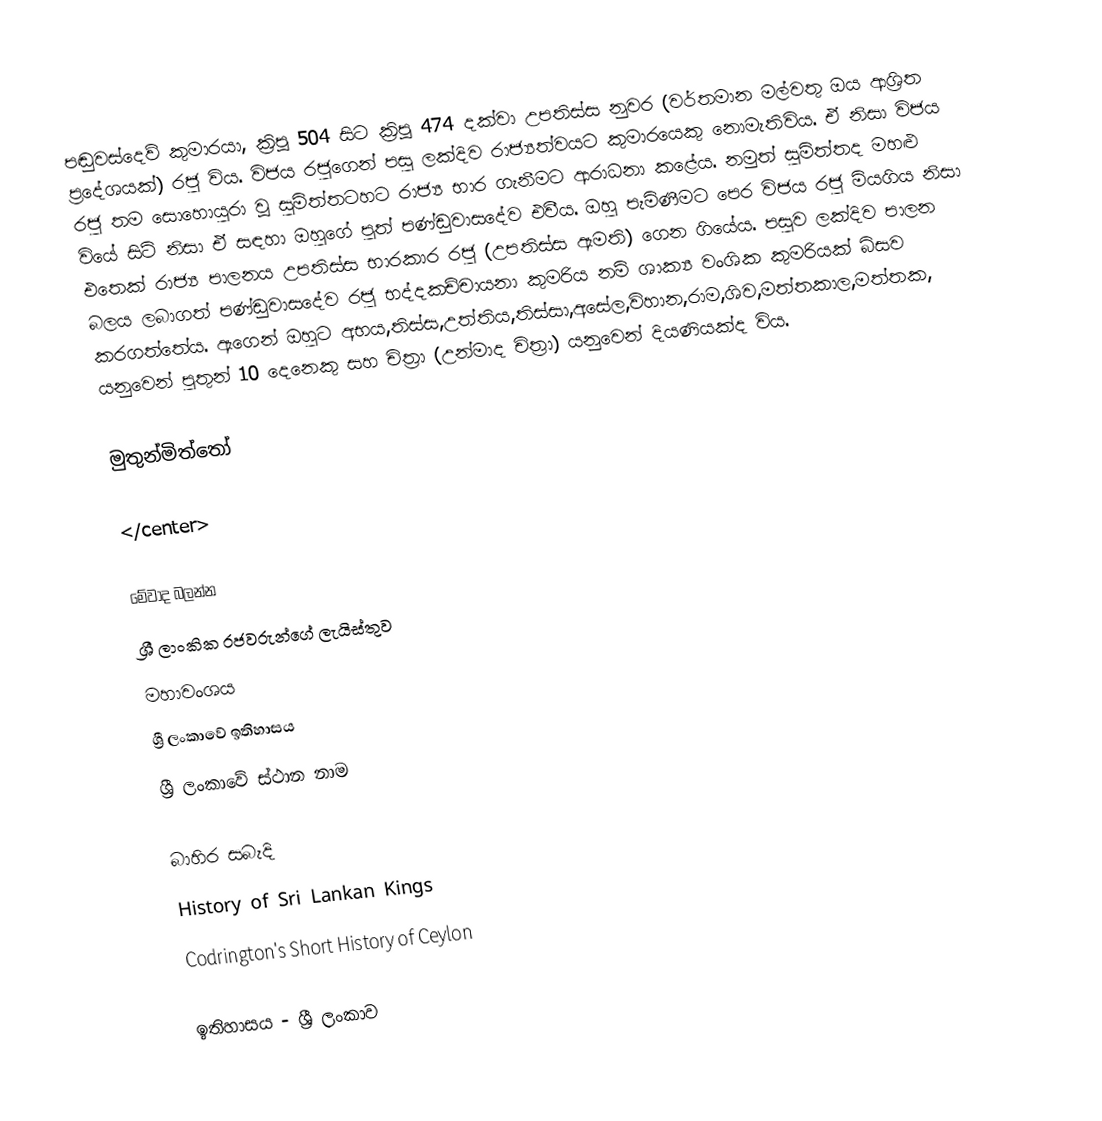
පඬුවස්දෙව් කුමාරයා, ක්‍රිපූ 504 සිට ක්‍රිපූ 474 දක්වා උපතිස්ස නුවර (වර්තමාන මල්වතු ඔය ආශ්‍රිත ප්‍රදේශයක්) රජු විය. විජය රජුගෙන් පසු ලක්දිව රාජ්‍යත්වයට කුමාරයෙකු නොමැතිවිය. ඒ නිසා විජය රජු තම සොහොයුරා වූ සුමිත්තටහට රාජ්‍ය භාර ගැනීමට ආරාධනා කළේය. නමුත් සුමිත්තද මහළු වියේ සිටි නිසා ඒ සඳහා ඔහුගේ පුත් පණ්ඩුවාසදේව එවීය. ඔහු පැමිණීමට පෙර විජය රජු මියගිය නිසා එතෙක් රාජ්‍ය පාලනය උපතිස්ස භාරකාර රජු (උපතිස්ස ඇමති) ගෙන ගියේය. පසුව ලක්දිව පාලන බලය ලබාගත් පණ්ඩුවාසදේව රජු භද්දකච්චායනා කුමරිය නම් ශාක්‍ය වංශික කුමරියක් බිසව කරගත්තේය. ඇගෙන් ඔහුට අභය,තිස්ස,උත්තිය,තිස්සා,අසේල,විහාන,රාම,ශිව,මත්තකාල,මත්තක, යනුවෙන් පුතුන් 10 දෙනෙකු සහ චිත්‍රා (උන්මාද චිත්‍රා) යනුවෙන් දියණියක්ද විය.

මුතුන්මිත්තෝ

</center>

මේවාද බලන්න
 ශ්‍රී ලාංකික රජවරුන්ගේ ලැයිස්තුව
 මහාවංශය
 ශ්‍රී ලංකාවේ ඉතිහාසය
 ශ්‍රී ලංකාවේ ස්ථාන නාම

බාහිර සබැදි
 History of Sri Lankan Kings
 Codrington's Short History of Ceylon

ඉතිහාසය - ශ්‍රී ලංකාව